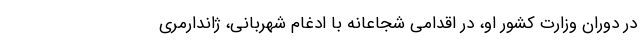
در دوران وزارت کشور او، در اقدامی شجاعانه با ادغام شهربانی، ژاندارمری